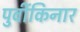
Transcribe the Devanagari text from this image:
पुर्वीकिनार